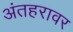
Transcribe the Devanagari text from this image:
अंतहरावर